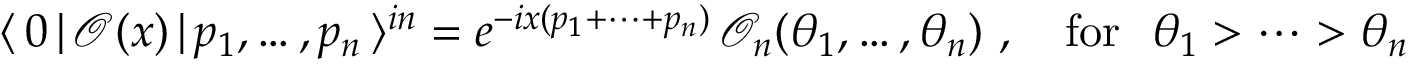
\langle \, 0 \, | \, \mathcal { O } ( x ) \, | \, p _ { 1 } , \dots , p _ { n } \, \rangle ^ { i n } = e ^ { - i x ( p _ { 1 } + \dots + p _ { n } ) } \, \mathcal { O } _ { n } ( \theta _ { 1 } , \dots , \theta _ { n } ) ~ , ~ ~ ~ \mathrm { f o r } ~ ~ \theta _ { 1 } > \dots > \theta _ { n }